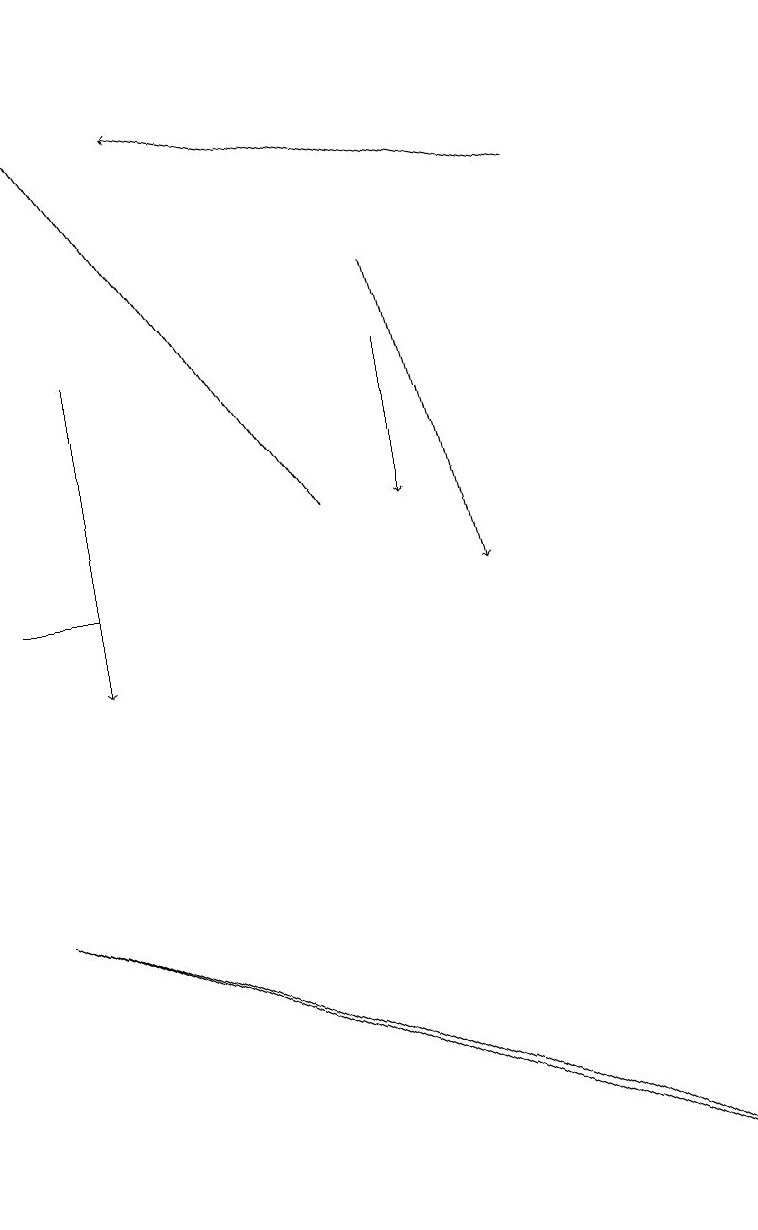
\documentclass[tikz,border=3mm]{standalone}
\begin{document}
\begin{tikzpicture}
\draw (9,4) -- (7,5) -- (0,8) -- cycle;
\draw[->] (4,13) -- (0,19);
\draw[->] (7,17) -- (2,18);
\draw[->] (5,16) -- (6,12);
\draw (1,12) rectangle (0,12);
\draw[->] (5,15) -- (5,13);
\draw[->] (1,15) -- (1,11);
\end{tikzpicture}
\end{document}